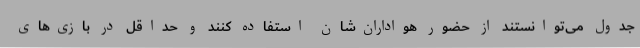
جدول می‌توانستند از حضور هواداران‌شان استفاده کنند و حداقل در بازی‌های